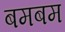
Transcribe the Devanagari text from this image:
बमबम